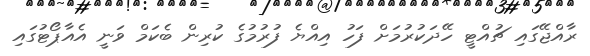
ރާއްޖޭގައި ޗުއްޓީ ހޭދަކުރުމަށް ފަހު އިއްޔެ ފުރުމުގެ ކުރިން ބެކަމް ވަނީ އެއާޕޯޓުގައި